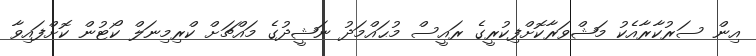
އިން ސަރުކާރާއެކު މަޝްވަރާކޮށްފިކުރީގެ ރައީސް މުޙައްމަދު ނަޝީދުގެ މައްޗަށް ކްރިމިނަލް ކޯޓުން ކޮށްފައިވާ